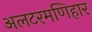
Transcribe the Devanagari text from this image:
अलटरमणिहार